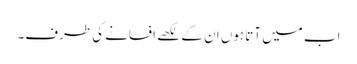
اب میں آتا ہوں ان کے لکھے افسانے کی طرف۔